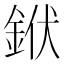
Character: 𨦛